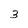
Character: 3